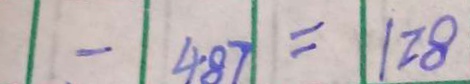
- 4 8 7 = 1 2 8